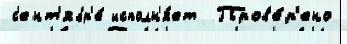
с'ент'ябр'е́ исполн'я́ет  Пров'е́р'ено